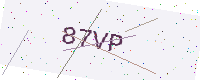
Text: 87VP